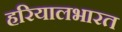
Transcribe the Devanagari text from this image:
हरियालभारत